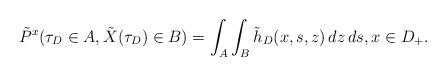
LaTeX: \begin{align*}\tilde{P}^x(\tau_D \in A, \tilde{X}(\tau_D) \in B) = \int_A \int_B \tilde{h}_D(x,s,z) \, dz \, ds, x \in D_+.\end{align*}